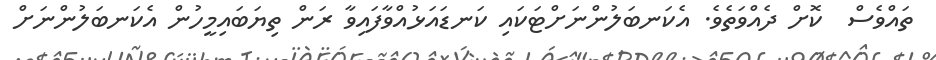
ތައްވެސް  ކޮށް ދެއްވަތެވެ. އެކަނބަލުންނަށްޓަކައި ކަނޑައަޅުއްވާފައިވާ ރަން ތިޔަބައިމީހުން އެކަނބަލުންނަށް